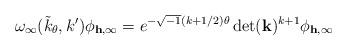
LaTeX: \begin{align*} \omega_{\infty}(\tilde k_{\theta},k')\phi_{\mathbf h,\infty} = e^{-\sqrt{-1}(k+1/2)\theta}\det(\mathbf k)^{k+1}\phi_{\mathbf h,\infty}\end{align*}